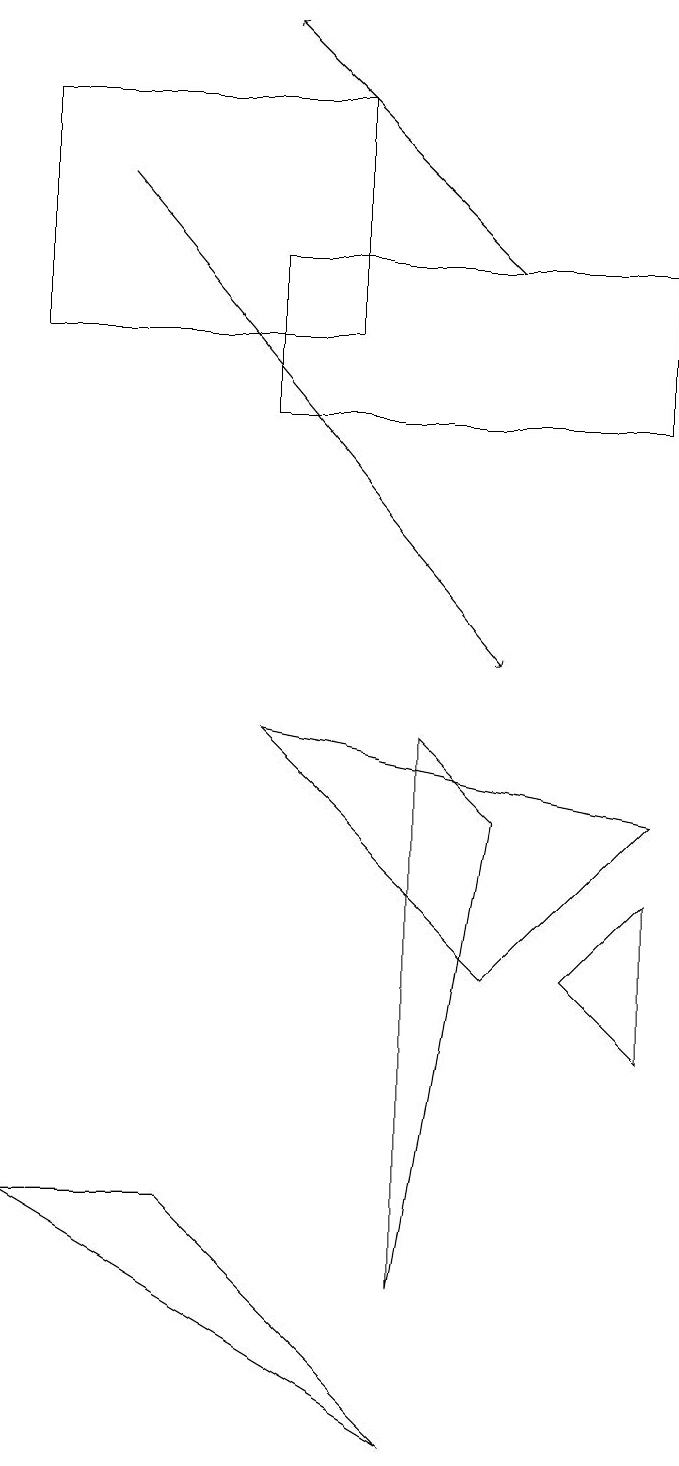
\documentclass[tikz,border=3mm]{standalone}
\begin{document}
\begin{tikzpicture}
\draw (2,3) -- (5,0) -- (0,3) -- cycle;
\draw[->] (1,16) -- (6,10);
\draw (6,6) -- (3,9) -- (8,8) -- cycle;
\draw (5,2) -- (6,8) -- (5,9) -- cycle;
\draw (4,17) rectangle (0,14);
\draw (7,6) -- (8,7) -- (8,5) -- cycle;
\draw (3,15) rectangle (8,13);
\draw[->] (6,15) -- (3,18);
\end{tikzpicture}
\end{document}